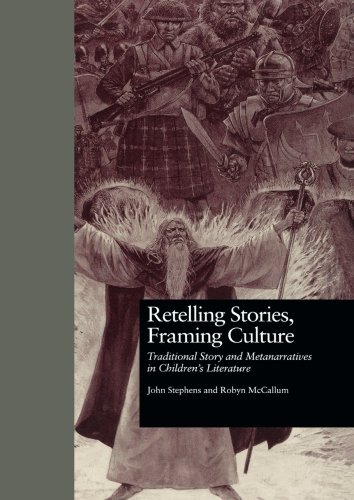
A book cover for Retelling Stories, Framing Culture: Traditional Story and Metanarratives in Children's Literature (Children's Literature and Culture); John Stephens; Crafts, Hobbies & Home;